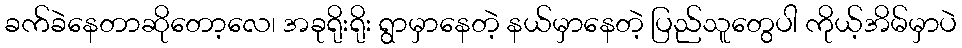
ခက်ခဲနေတာဆိုတော့လေ၊ အခုရိုးရိုး ရွာမှာနေတဲ့ နယ်မှာနေတဲ့ ပြည်သူတွေပါ ကိုယ့်အိမ်မှာပဲ